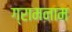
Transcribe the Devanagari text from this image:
ग्रामनाम